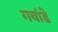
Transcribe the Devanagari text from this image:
गवांडे